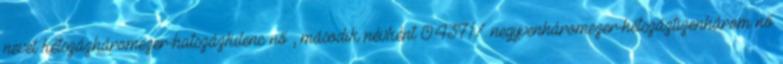
nevet kétszázháromezer-hatszázkilenc nő , második névként 0.4371% negyvenháromezer-hétszáztizenhárom nő